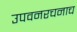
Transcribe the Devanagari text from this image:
उपवनरचनाच